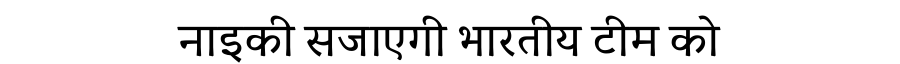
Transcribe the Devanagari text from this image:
नाइकी सजाएगी भारतीय टीम को